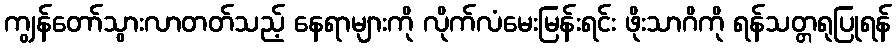
ကျွန်တော်သွားလာတတ်သည့် နေရာများကို လိုက်လံမေးမြန်းရင်း ဖိုးသာဂိကို ရန်သတ္တရုပြုရန်